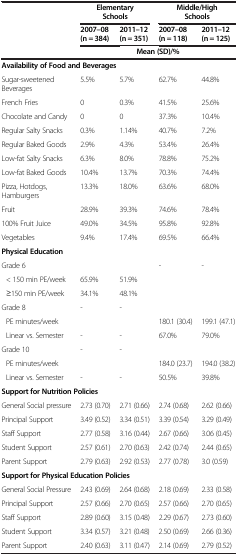
<table><thead><tr><td rowspan="3"><b> </b></td><td><b>Elementary Schools</b></td><td><b> </b></td><td><b>Middle/High Schools</b></td><td><b> </b></td></tr><tr><td><b>2007–08 (n = 384)</b></td><td><b>2011–12 (n = 351)</b></td><td><b>2007–08 (n = 118)</b></td><td><b>2011–12 (n = 125)</b></td></tr><tr><td colspan="4"><b>Mean (SD)/%</b></td></tr></thead><tbody><tr><td colspan="5"><b>Availability of Food and Beverages</b></td></tr><tr><td>Sugar-sweetened Beverages</td><td>5.5%</td><td>5.7%</td><td>62.7%</td><td>44.8%</td></tr><tr><td>French Fries</td><td>0</td><td>0.3%</td><td>41.5%</td><td>25.6%</td></tr><tr><td>Chocolate and Candy</td><td>0</td><td>0</td><td>37.3%</td><td>10.4%</td></tr><tr><td>Regular Salty Snacks</td><td>0.3%</td><td>1.14%</td><td>40.7%</td><td>7.2%</td></tr><tr><td>Regular Baked Goods</td><td>2.9%</td><td>4.3%</td><td>53.4%</td><td>26.4%</td></tr><tr><td>Low-fat Salty Snacks</td><td>6.3%</td><td>8.0%</td><td>78.8%</td><td>75.2%</td></tr><tr><td>Low-fat Baked Goods</td><td>10.4%</td><td>13.7%</td><td>70.3%</td><td>74.4%</td></tr><tr><td>Pizza, Hotdogs, Hamburgers</td><td>13.3%</td><td>18.0%</td><td>63.6%</td><td>68.0%</td></tr><tr><td>Fruit</td><td>28.9%</td><td>39.3%</td><td>74.6%</td><td>78.4%</td></tr><tr><td>100% Fruit Juice</td><td>49.0%</td><td>34.5%</td><td>95.8%</td><td>92.8%</td></tr><tr><td>Vegetables</td><td>9.4%</td><td>17.4%</td><td>69.5%</td><td>66.4%</td></tr><tr><td><b>Physical Education</b></td><td> </td><td> </td><td> </td><td> </td></tr><tr><td>Grade 6</td><td> </td><td> </td><td>-</td><td>-</td></tr><tr><td> &lt; 150 min PE/week</td><td>65.9%</td><td>51.9%</td><td> </td><td> </td></tr><tr><td> ≥150 min PE/week</td><td>34.1%</td><td>48.1%</td><td> </td><td> </td></tr><tr><td>Grade 8</td><td>-</td><td>-</td><td> </td><td> </td></tr><tr><td> PE minutes/week</td><td> </td><td> </td><td>180.1 (30.4)</td><td>199.1 (47.1)</td></tr><tr><td> Linear vs. Semester</td><td>-</td><td>-</td><td>67.0%</td><td>79.0%</td></tr><tr><td>Grade 10</td><td>-</td><td>-</td><td> </td><td> </td></tr><tr><td> PE minutes/week</td><td> </td><td> </td><td>184.0 (23.7)</td><td>194.0 (38.2)</td></tr><tr><td> Linear vs. Semester</td><td>-</td><td>-</td><td>50.5%</td><td>39.8%</td></tr><tr><td colspan="5"><b>Support for Nutrition Policies</b></td></tr><tr><td>General Social pressure</td><td>2.73 (0.70)</td><td>2.71 (0.66)</td><td>2.74 (0.68)</td><td>2.62 (0.66)</td></tr><tr><td>Principal Support</td><td>3.49 (0.52)</td><td>3.34 (0.51)</td><td>3.39 (0.54)</td><td>3.29 (0.49)</td></tr><tr><td>Staff Support</td><td>2.77 (0.58)</td><td>3.16 (0.44)</td><td>2.67 (0.66)</td><td>3.06 (0.45)</td></tr><tr><td>Student Support</td><td>2.57 (0.61)</td><td>2.70 (0.63)</td><td>2.42 (0.74)</td><td>2.44 (0.65)</td></tr><tr><td>Parent Support</td><td>2.79 (0.63)</td><td>2.92 (0.53)</td><td>2.77 (0.78)</td><td>3.0 (0.59)</td></tr><tr><td colspan="5"><b>Support for Physical Education Policies</b></td></tr><tr><td>General Social Pressure</td><td>2.43 (0.69)</td><td>2.64 (0.68)</td><td>2.18 (0.69)</td><td>2.33 (0.58)</td></tr><tr><td>Principal Support</td><td>2.57 (0.66)</td><td>2.70 (0.65)</td><td>2.57 (0.66)</td><td>2.70 (0.65)</td></tr><tr><td>Staff Support</td><td>2.89 (0.60)</td><td>3.15 (0.48)</td><td>2.29 (0.67)</td><td>2.73 (0.60)</td></tr><tr><td>Student Support</td><td>3.34 (0.57)</td><td>3.21 (0.48)</td><td>2.50 (0.69)</td><td>2.66 (0.36)</td></tr><tr><td>Parent Support</td><td>2.40 (0.63)</td><td>3.11 (0.47)</td><td>2.14 (0.69)</td><td>2.79 (0.52)</td></tr></tbody></table>